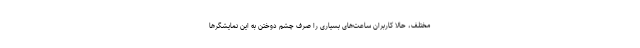
مختلف، حالا کاربران ساعت‌های بسیاری را صرف چشم دوختن به این نمایشگرها